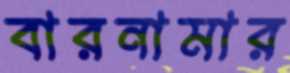
বারনামার